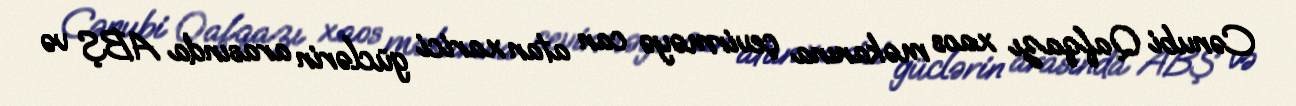
Cənubi Qafqazı xaos məkanına çevirməyə can atan xarici güclərin arasında ABŞ və